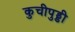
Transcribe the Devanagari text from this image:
कुचीपुड्डी